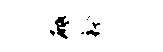
砥衿